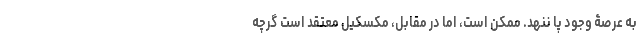
به عرصۀ وجود پا ننهد. ممکن است، اما در مقابل، مکسکیل معتقد است گرچه